38_143685_box7_Incident_Summaries_1-100
Agency: Department of War
Page 131
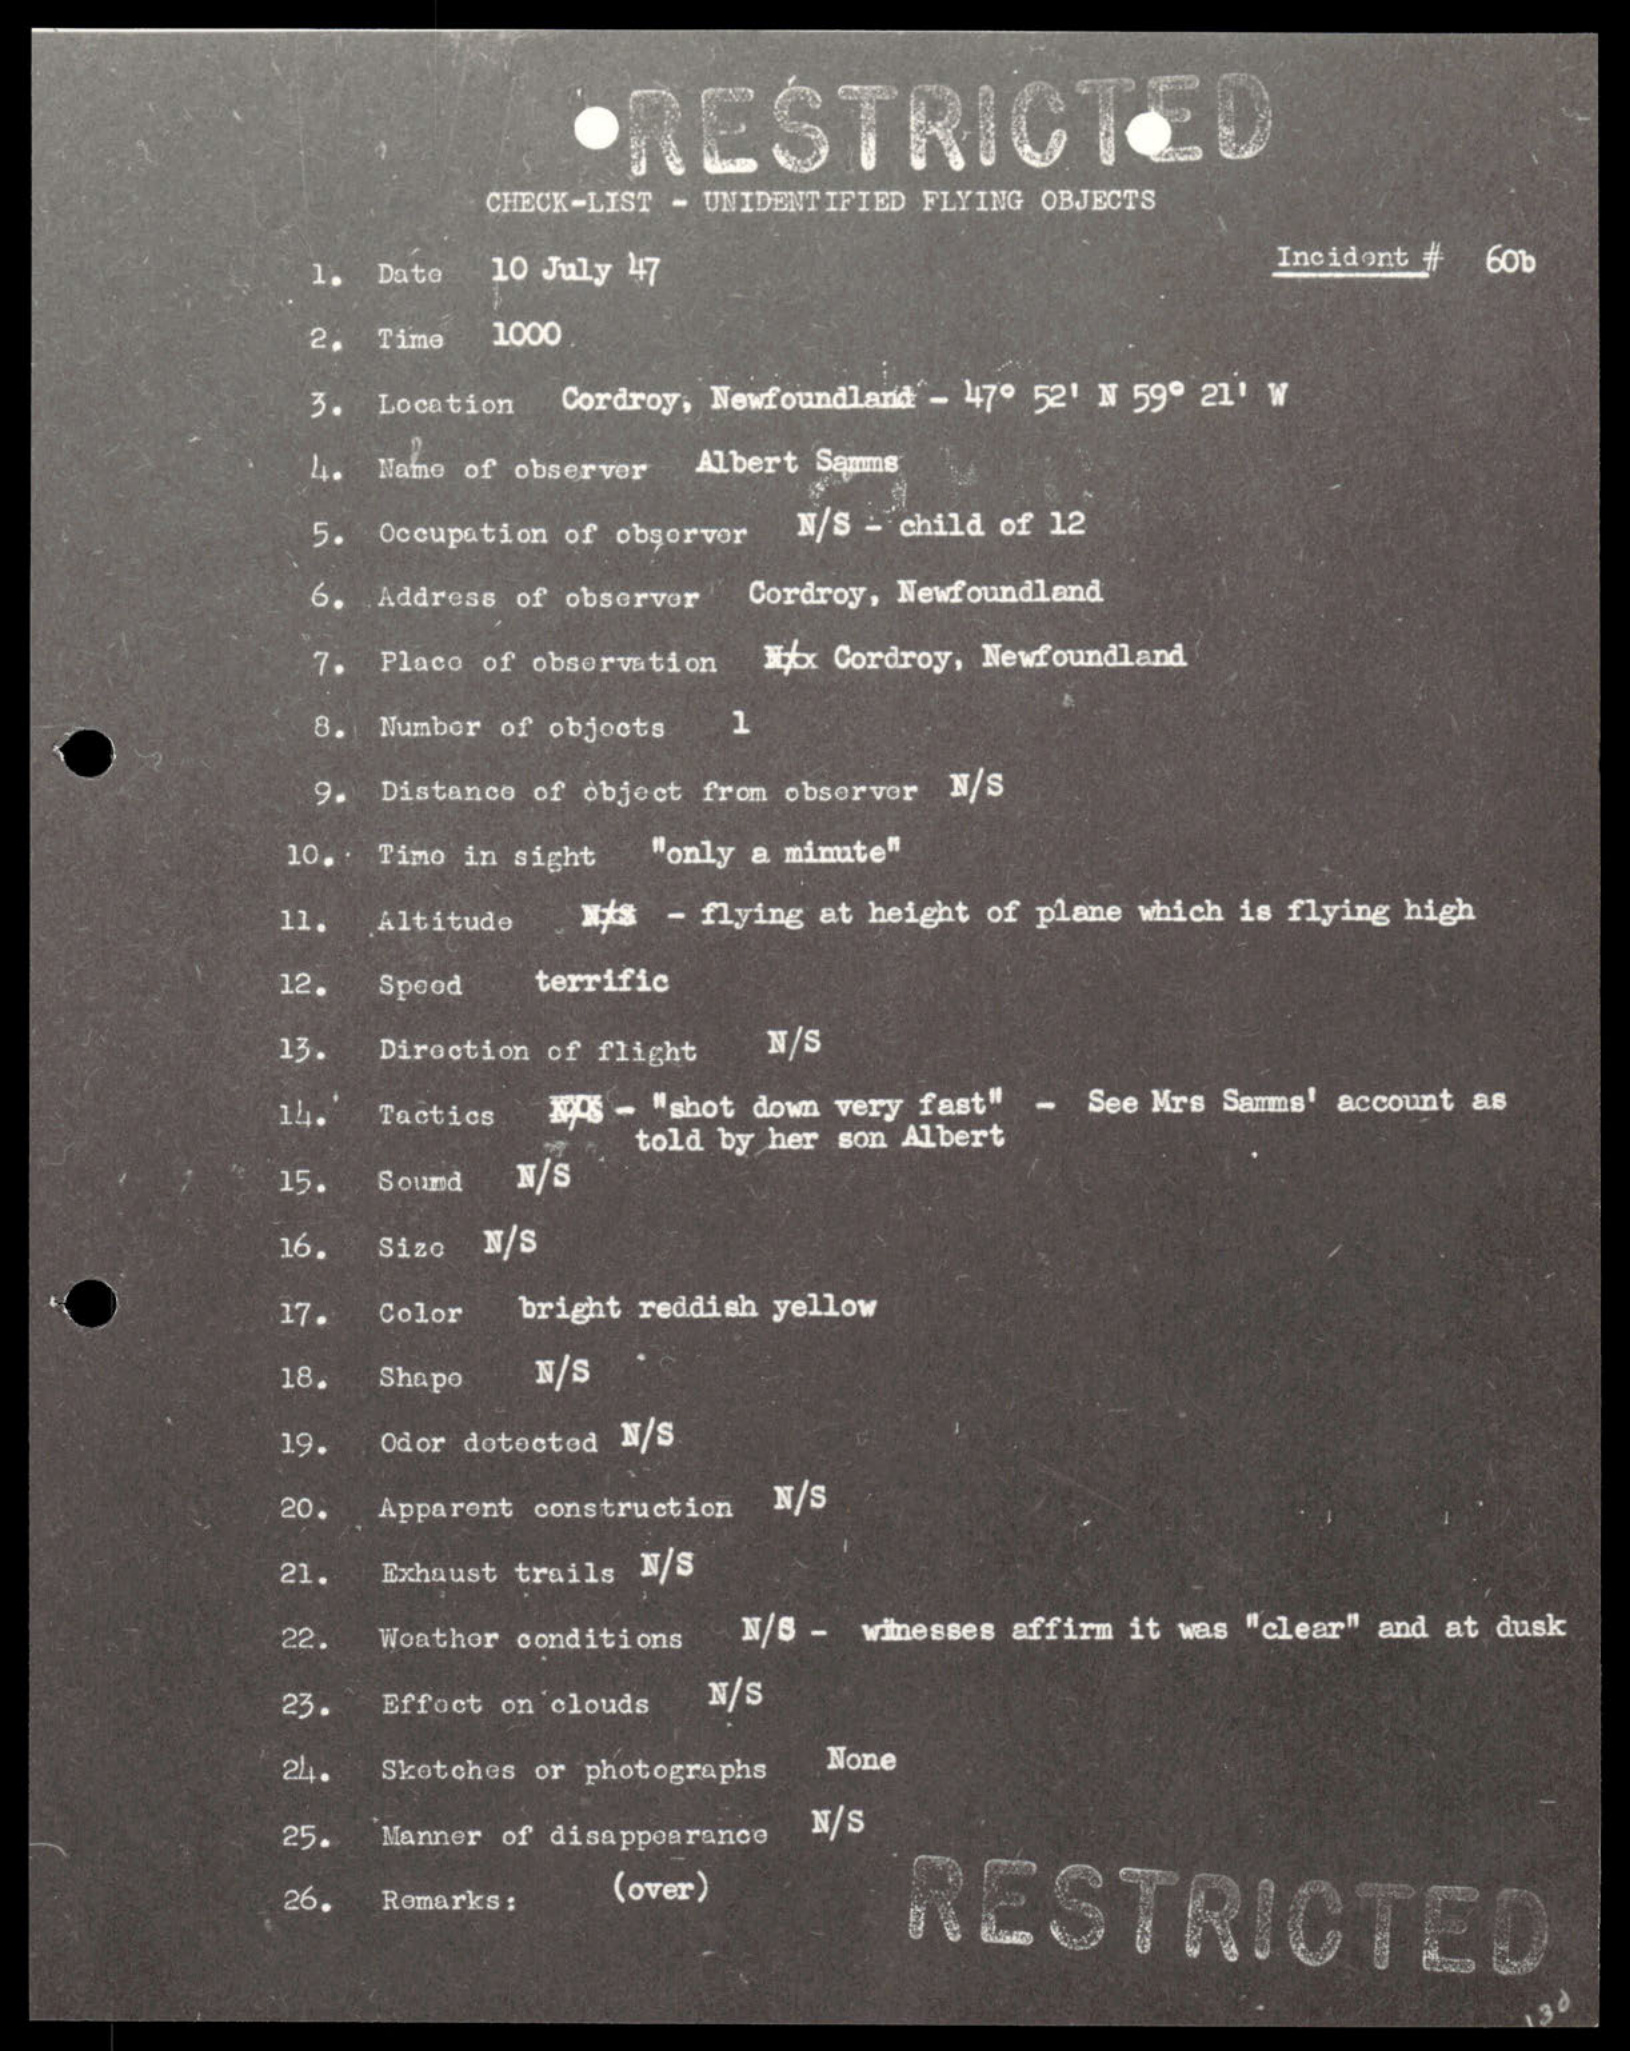